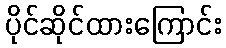
ပိုင်ဆိုင်ထားကြောင်း